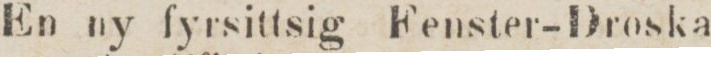
En ny fyrsittsig Fenster-Droska